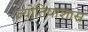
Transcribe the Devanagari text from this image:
ज्योतिषाशास्र